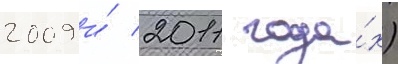
2009 и́ 2011 года́х)